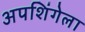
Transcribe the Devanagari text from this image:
अपशिंगेला